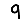
Digit: 9